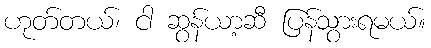
ဟုတ်တယ်၊ ငါ ဆွန်ယာ့ဆီ ပြန်သွားရမယ်။